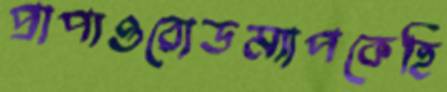
প্রাপ্যওরোডম্যাপকেহি